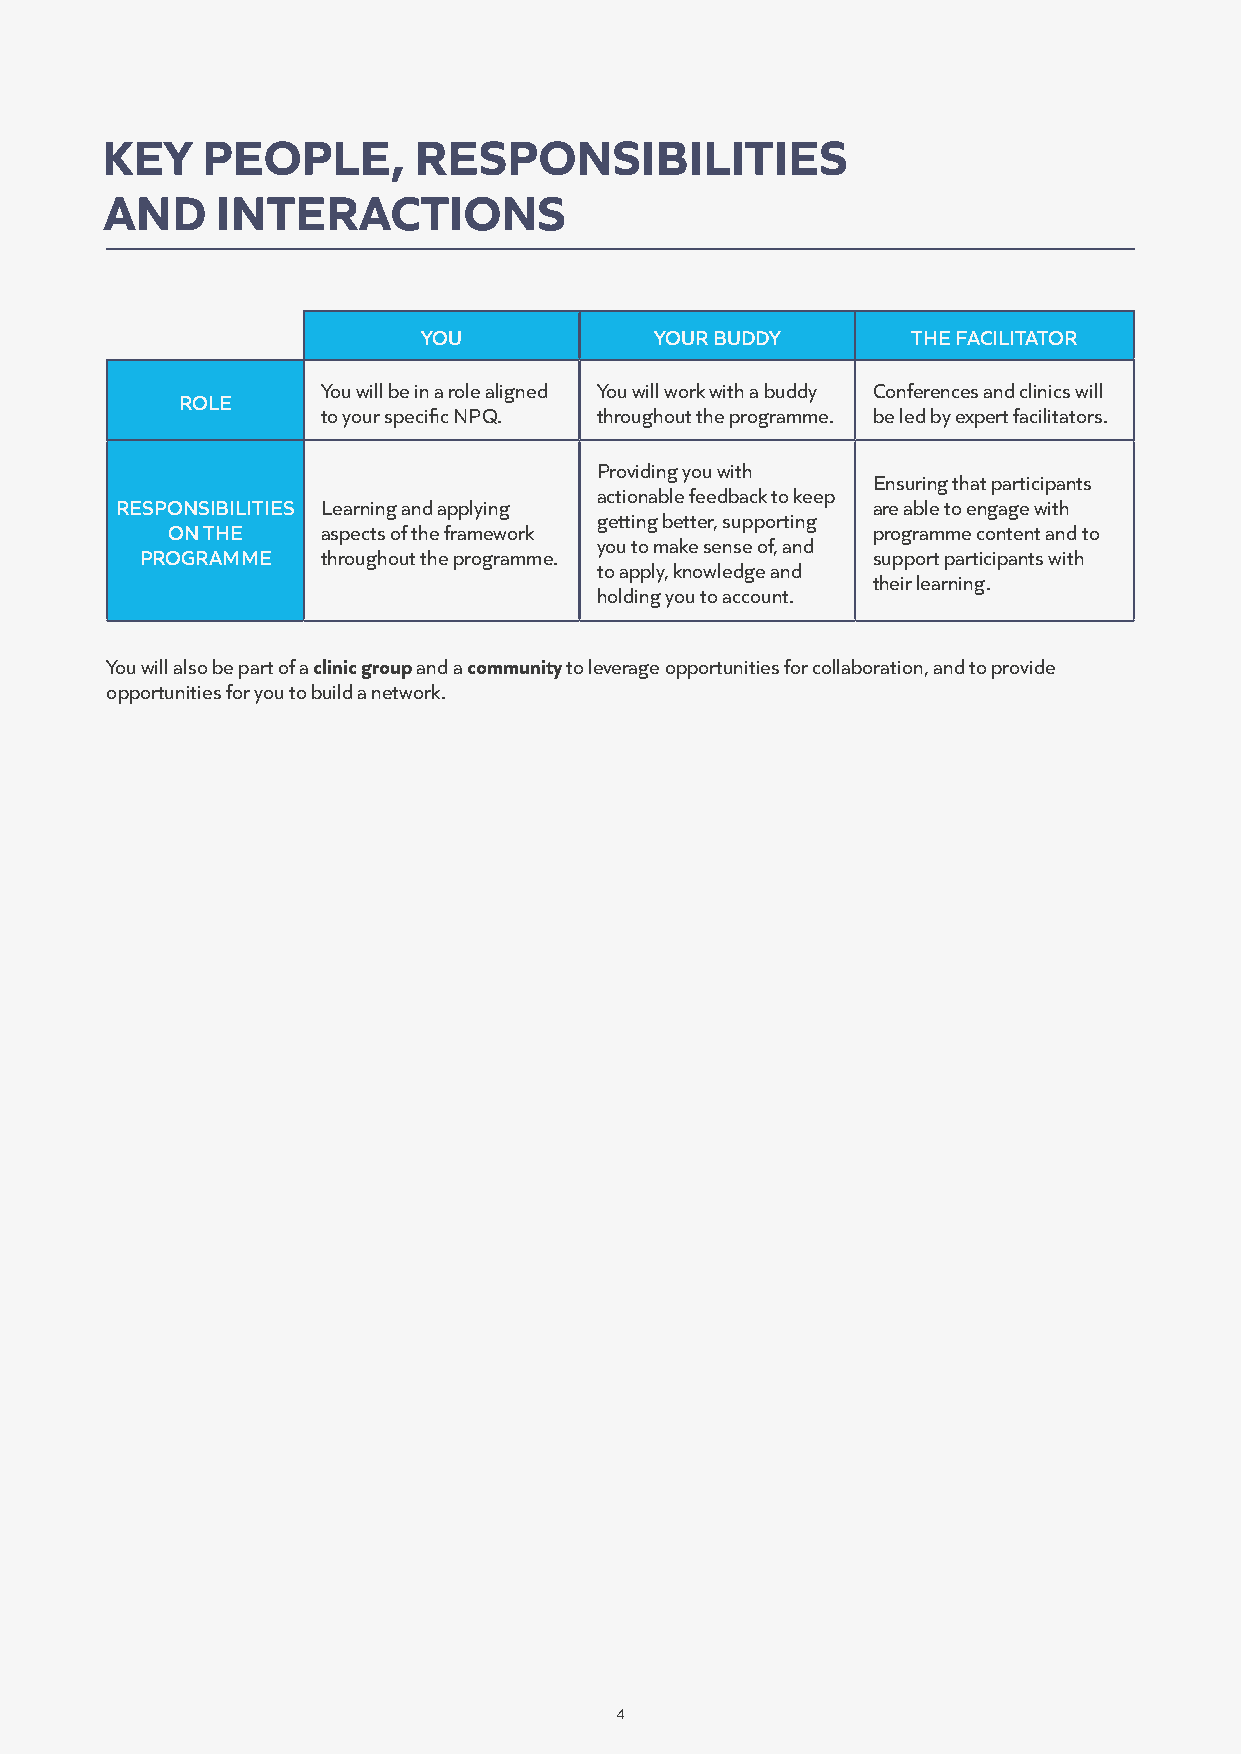
KEY   PEOPLE,       RESPONSIBILITIES
 AND    INTERACTIONS
 YOU            YOUR BUDDY       THE FACILITATOR
 You will be in a role aligned You will work with a buddy Conferences and clinics will
 ROLE
 to your specific NPQ. throughout the programme. be led by expert facilitators.
 Providing you with
 Ensuring that participants
 actionable feedback to keep
 RESPONSIBILITIES Learning and applying            are able to engage with
 getting better, supporting
 ON THE    aspects of the framework             programme content and to
 you to make sense of, and
 PROGRAMME   throughout the programme.            support participants with
 to apply, knowledge and
 their learning.
 holding you to account.
 You will also be part of a clinic group and a community to leverage opportunities for collaboration, and to provide
 opportunities for you to build a network.
 4